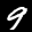
Label: 9